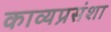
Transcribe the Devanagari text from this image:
काव्यप्रसंशा